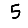
Digit: 5